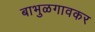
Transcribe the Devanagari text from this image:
बाभुळगावकर